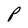
Character: P